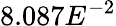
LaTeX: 8.087E^{-2}